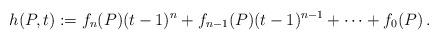
LaTeX: \begin{align*}h (P,t) := f_{n} (P) (t-1)^{n} + f_{n-1} (P) (t-1)^{n-1} + \dotsb + f_{0} (P) \, .\end{align*}